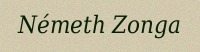
Németh Zonga